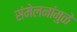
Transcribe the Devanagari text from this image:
संमेलनांमुळे